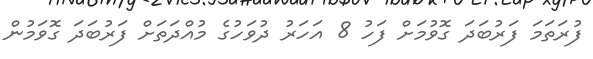
ފުރަތަމަ ފަރުބަދަ ގޮވުމަށް ފަހު 8 އަހަރު ދުވަހުގެ މުއްދަތަށް ފަރުބަދަ ގޮވަމުން